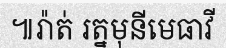
៕រ៉ាត់ រត្នមុនីមេធាវី